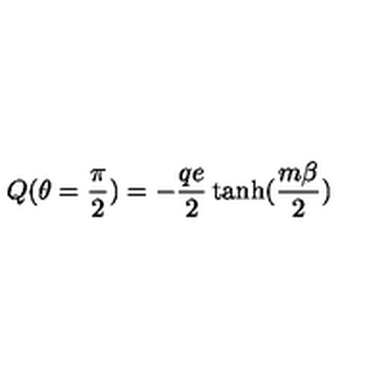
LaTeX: Q ( \theta = \frac { \pi } { 2 } ) = - \frac { q e } { 2 } \tanh ( \frac { m \beta } { 2 } )